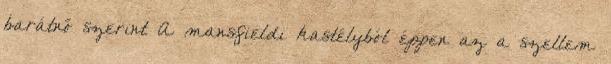
barátnő szerint A mansfieldi kastélyból éppen az a szellem